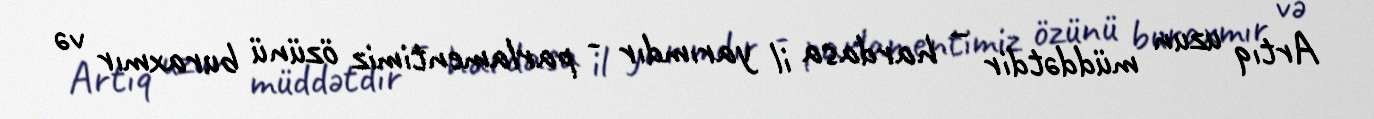
Artıq uzun müddətdir – hardasa il yarımdır - parlamentimiz özünü buraxmır və